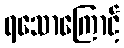
ရသောကြောင့်